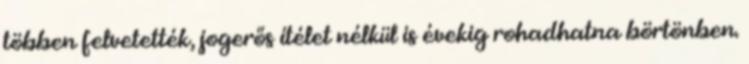
többen felvetették, jogerős ítélet nélkül is évekig rohadhatna börtönben.